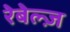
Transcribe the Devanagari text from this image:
रेबेल्ज़